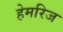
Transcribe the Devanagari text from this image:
हेमरिज